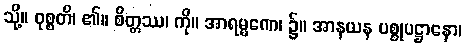
သို့။ ဝုစ္စတိ၊ ၏။ စိတ္တဿ၊ ကို။ အာရမ္မဏေ၊ ၌။ အာနယန ပစ္စုပဋ္ဌာနော၊